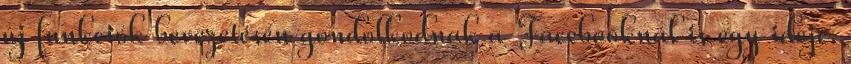
új funkciók bevezetésén gondolkodnak a Facebooknál is egy ideje.